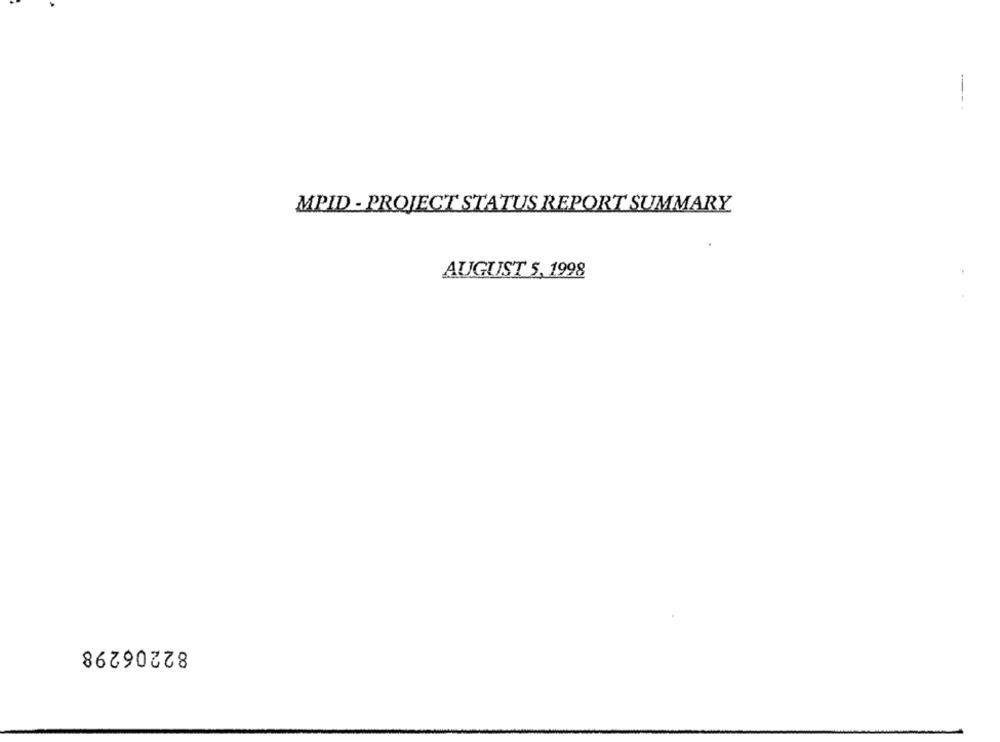
--
MPID - PROJECT STATUS REPORT SUMMARY
AUGUST 5,1998
82206298